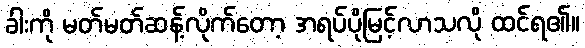
ခါးကို မတ်မတ်ဆန့်လိုက်တော့ အရပ်ပိုမြင့်လာသလို ထင်ရ၏။